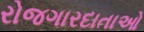
રોજગારદાતાઓ